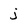
Character: j